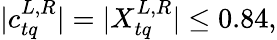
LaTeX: |c_{tq}^{L,R}|=|X_{tq}^{L,R}|\leq 0.84,